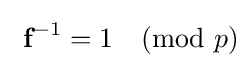
\ {\textbf {f}}^{-1}=1{\pmod {p}}